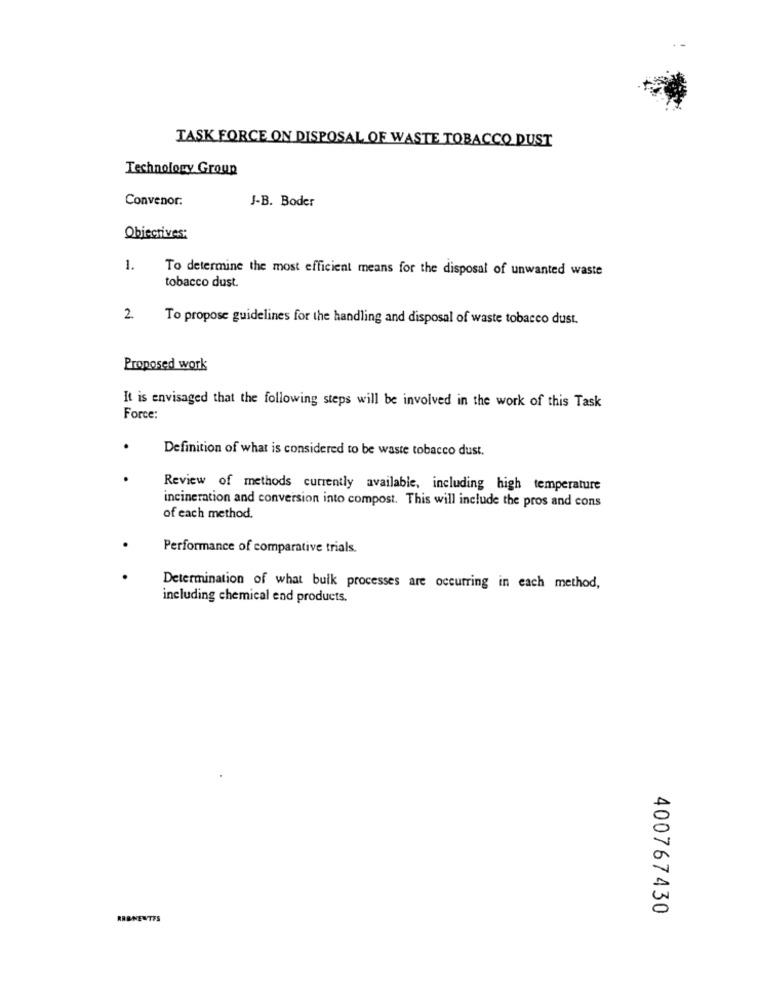
TASK FORCE ON DISPOSAL OF WASTE TOBACCO DUST
Technology Group
Convenor:
J-B. Boder
Objectives:
1.
To determine the most efficient means for the disposal of unwanted waste
tobacco dust.
2.
To propose guidelines for the handling and disposal of waste tobacco dust.
Proposed work
It is envisaged that the following steps will be involved in the work of this Task
Force:
.
Definition of what is considered to be waste tobacco dust.
Review of methods currently available, including high temperature
incineration and conversion into compost. This will include the pros and cons
of each method.
.
Performance of comparative trials.
Determination of what bulk processes are occurring in each method,
including chemical end products.
400767430